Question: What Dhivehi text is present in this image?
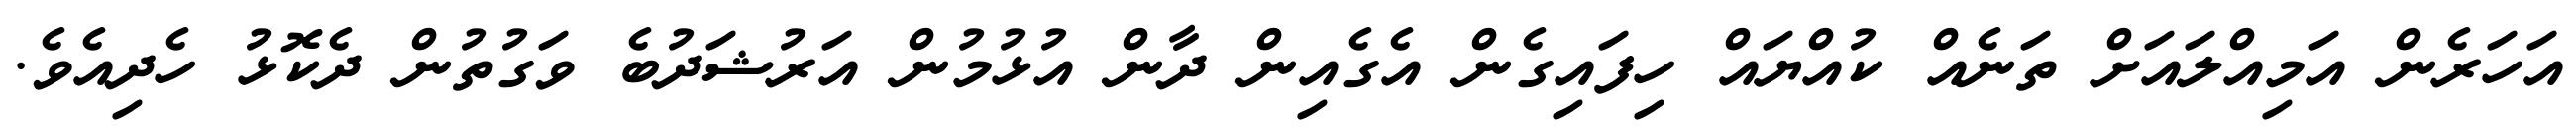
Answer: އަހަރެން އަމިއްލައަށް ތަނެއް ކުއްޔައް ހިފައިގެން އެގެއިން ދާން އުޅުމުން އަރުޝަދުބެ ވަގުތުން ދެކޮޅު ހެދިއެވެ.